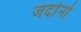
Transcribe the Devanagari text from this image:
जर्दानो